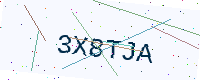
Text: 3X8TJA